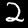
Label: 2